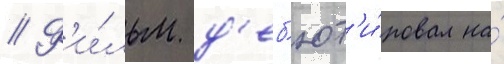
// Ф'и́льм д'еб'ют'и́ровал на́